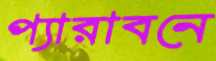
প্যারাবনে